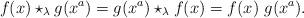
LaTeX: \begin{align*}f(x) \star_{\lambda} g(x^a) = g(x^a) \star_{\lambda} f(x) = f(x) \ g(x^a).\end{align*}